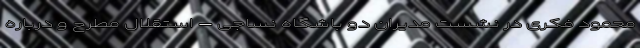
محمود فکری در نشست مدیران دو باشگاه نساجی – استقلال مطرح و درباره